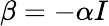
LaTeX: \beta=-\alpha I